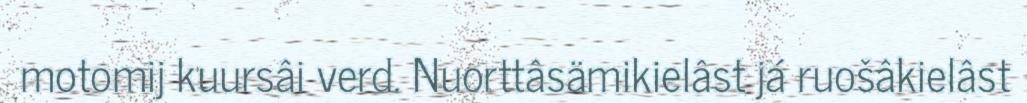
motomij kuursâi verd. Nuorttâsämikielâst já ruošâkielâst